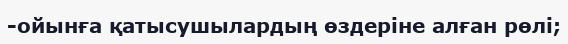
-ойынға қатысушылардың өздеріне алған рөлі;